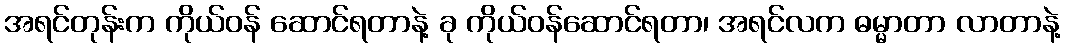
အရင်တုန်းက ကိုယ်ဝန် ဆောင်ရတာနဲ့ ခု ကိုယ်ဝန်ဆောင်ရတာ၊ အရင်လက ဓမ္မာတာ လာတာနဲ့